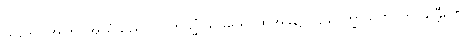
ယဒေဝ၊ အကြင်အာရုံသည်ပင်။ တသ္မိံ သမယေ၊ ထိုအခါ၌။ (ဥပေက္ခာသဟဂုတ် သန္တီရဏ